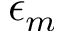
\epsilon _ { m }